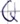
Text: Q